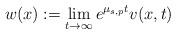
LaTeX: \begin{align*}w(x):=\lim_{t\rightarrow \infty}e^{\mu_{s,p} t}v(x,t)\end{align*}